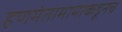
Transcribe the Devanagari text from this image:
हणमंतामामाकडूनच